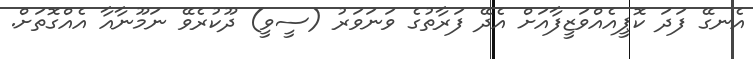
އެނގޭ ފަދަ ކޮޕީއެއްވަޒީފާއަށް އެދޭ ފަރާތުގެ ވަނަވަރު (ސީވީ) ދޫކުރެވޭ ނަމޫނާއާ އެއްގޮތަށް.